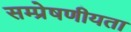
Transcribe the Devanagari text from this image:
सम्प्रेषणीयता